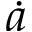
\dot { a }